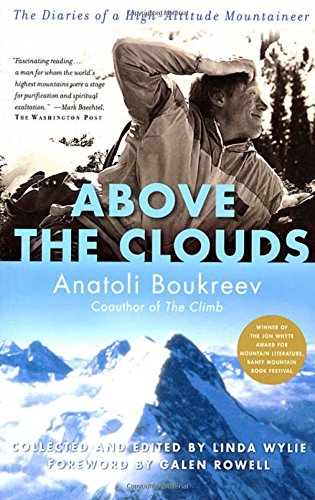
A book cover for Above the Clouds: The Diaries of a High-Altitude Mountaineer; Anatoli Boukreev; Sports & Outdoors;